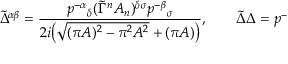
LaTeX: \tilde { \Delta } ^ { \alpha \beta } = \frac { p ^ { - \alpha } { } _ { \delta } ( \tilde { \Gamma } ^ { n } A _ { n } ) ^ { \delta \sigma } p ^ { - \beta } { } _ { \sigma } } { 2 i \big ( \sqrt { ( \pi A ) ^ { 2 } - \pi ^ { 2 } A ^ { 2 } } + ( \pi A ) \big ) } , \qquad \tilde { \Delta } \Delta = p ^ { - }